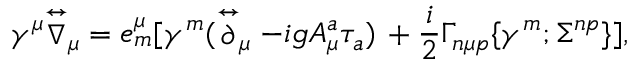
\gamma ^ { \mu } { \stackrel { \leftrightarrow } { \nabla } } _ { \mu } = e _ { m } ^ { \mu } [ \gamma ^ { m } ( \stackrel { \leftrightarrow } { \partial } _ { \mu } - i g A _ { \mu } ^ { a } \tau _ { a } ) \, + { \frac { i } { 2 } } \Gamma _ { n \mu p } \{ \gamma ^ { m } ; \Sigma ^ { n p } \} ] ,